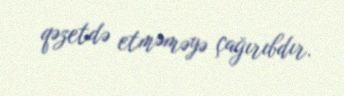
qəzetdə etməməyə çağırıbdır.